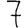
Digit: 7